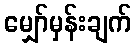
မျှော်မှန်းချက်